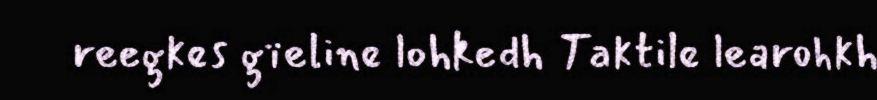
reegkes gïeline lohkedh Taktile learohkh